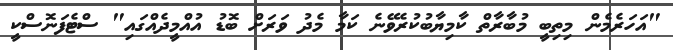
"އަހަރެމެން މިތިބީ މުބާރާތް ކާމިޔާބުކުރެވޭނެ ކަމާ މެދު ވަރަށް ބޮޑު އުއްމީދެއްގައި" ސްޓެފަނޮސްކީ